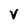
Character: V